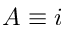
A \equiv i